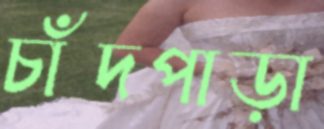
চাঁদপাড়া